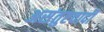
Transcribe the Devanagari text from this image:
असंतुष्टवादी